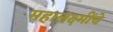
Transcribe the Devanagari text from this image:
महालक्ष्मींचे